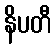
နိပတီ